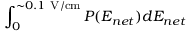
\int _ { 0 } ^ { \sim 0 . 1 ~ \mathrm { { V / c m } } } P ( E _ { n e t } ) d E _ { n e t }